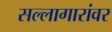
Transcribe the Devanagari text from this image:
सल्लागारांवर